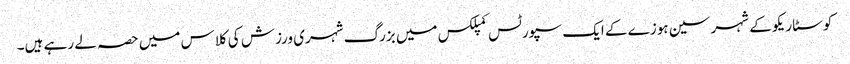
کوسٹا ریکو کے شہر سین ہوزے کے ایک سپورٹس کمپلکس میں بزرگ شہری ورزش کی کلاس میں حصہ لے رہے ہیں۔